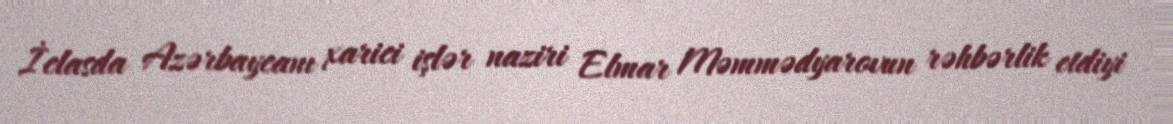
İclasda Azərbaycanı xarici işlər naziri Elmar Məmmədyarovun rəhbərlik etdiyi